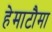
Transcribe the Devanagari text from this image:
हेमाटौमा